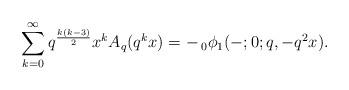
LaTeX: \begin{align*} \sum_{k=0}^{\infty} q^{\frac{k(k-3)}{2}}x^k A_q(q^k x) = - \,_0\phi_1 (-;0;q,-q^2x). \end{align*}